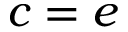
c = e